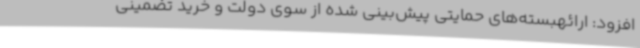
افزود: ارائهبسته‌های حمایتی پیش‌بینی شده از سوی دولت و خرید تضمینی